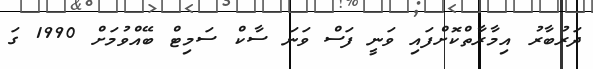
ދަރުބާރު އިމާރާތްކޮށްފައި ވަނީ ފަސް ވަނަ ސާކް ސަމިޓް ބޭއްވުމަށް 1990 ގަ